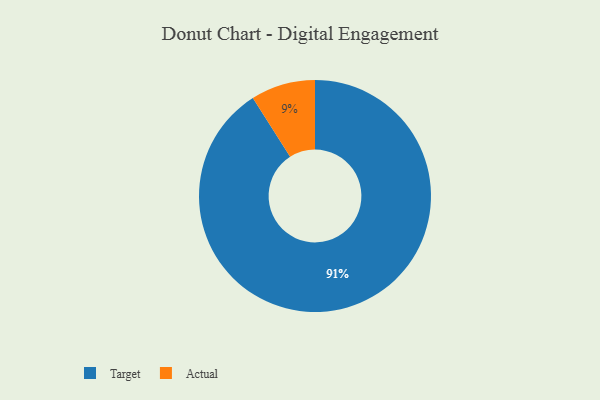
{"axis": {"x": "Category", "y": "Percentage"}, "legend": ["Actual", "Target"], "data": [{"x": "Actual", "y": 9, "type": "Actual"}, {"x": "Target", "y": 91, "type": "Target"}]}